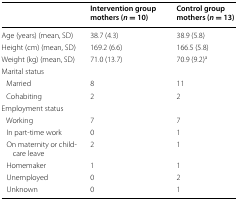
<table><thead><tr><td>[EMPTY_CELL]</td><td><b>Intervention group mothers (<i>n</i> = 10)</b></td><td><b>Control group mothers (<i>n</i> = 13)</b></td></tr></thead><tbody><tr><td>Age (years) (mean, SD)</td><td>38.7 (4.3)</td><td>38.9 (5.8)</td></tr><tr><td>Height (cm) (mean, SD)</td><td>169.2 (6.6)</td><td>166.5 (5.8)</td></tr><tr><td>Weight (kg) (mean, SD)</td><td>71.0 (13.7)</td><td>70.9 (9.2)<sup>a</sup></td></tr><tr><td>Marital status</td><td>[EMPTY_CELL]</td><td>[EMPTY_CELL]</td></tr><tr><td> Married</td><td>8</td><td>11</td></tr><tr><td> Cohabiting</td><td>2</td><td>2</td></tr><tr><td>Employment status</td><td>[EMPTY_CELL]</td><td>[EMPTY_CELL]</td></tr><tr><td> Working</td><td>7</td><td>7</td></tr><tr><td> In part-time work</td><td>0</td><td>1</td></tr><tr><td> On maternity or child-care leave</td><td>2</td><td>1</td></tr><tr><td> Homemaker</td><td>1</td><td>1</td></tr><tr><td> Unemployed</td><td>0</td><td>2</td></tr><tr><td> Unknown</td><td>0</td><td>1</td></tr></tbody></table>